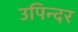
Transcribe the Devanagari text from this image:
उपिन्दर